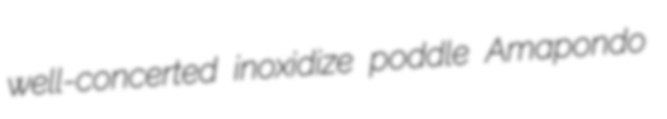
well-concerted inoxidize poddle Amapondo